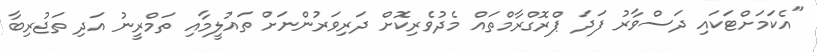
"އެކަމަށްޓަކައި ދަސްވާރު ފަދަ ޕްރޮގްރާމްތައް މެދުވެރިކޮށް ދަރިވަރުންނަށް ތައުލީމާއި ތަމްރީނު އަދި ތަޖުރިބާ